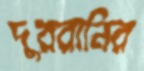
দুররানির